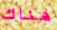
هناك